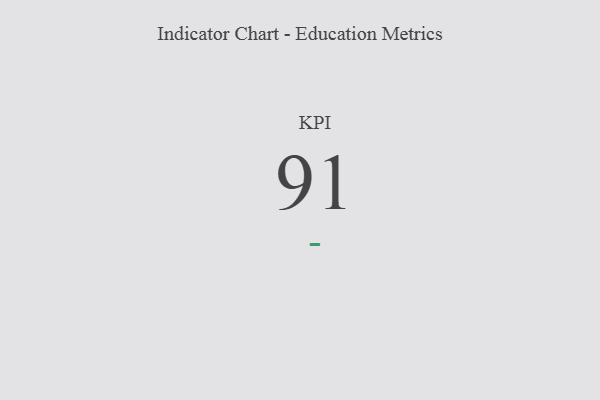
{"axis": {"x": "KPI", "y": "Value"}, "legend": [""], "data": [{"x": "KPI", "y": 91, "type": ""}]}